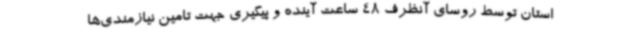
استان توسط روسای آنظرف 48 ساعت آینده و پیگیری جهت تامین نیازمندی‌ها